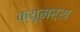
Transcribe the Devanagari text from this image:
क्यूमर्श